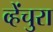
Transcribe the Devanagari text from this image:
व्हेंचुरा